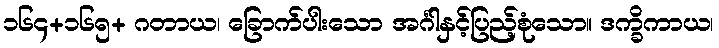
၁၆၄+၁၆၅+ ဂတာယ၊ ခြောက်ပါးသော အင်္ဂါနှင့်ပြည့်စုံသော။ ဒက္ခိကာယ၊